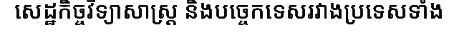
សេដ្ឋកិច្ចវិទ្យាសាស្ត្រ និងបច្ចេកទេសរវាងប្រទេសទាំង